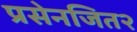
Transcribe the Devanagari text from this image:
प्रसेनजित२